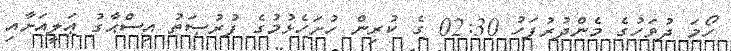
ހޯމަ ދުވަހުގެ މެންދުރުފަހު 02:30 ގެ ކުރިން ހުށަހެޅުމުގެ ފުރުޞަތު އިސްޙާގު ޢަލީއަށާއި